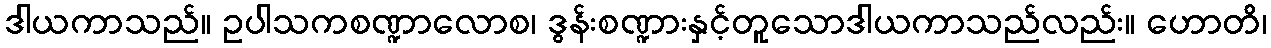
ဒါယကာသည်။ ဥပါသကစဏ္ဍာလောစ၊ ဒွန်းစဏ္ဍားနှင့်တူသောဒါယကာသည်လည်း။ ဟောတိ၊